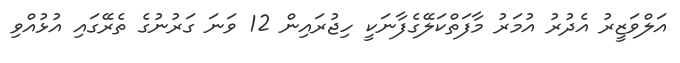
އަލްވަޒީރު އެދުރު އުމަރު މާފަތްކަލޭގެފާނަކީ ހިޖުރައިން 12 ވަނަ ގަރުނުގެ ތެރޭގައި އުޅުއްވި